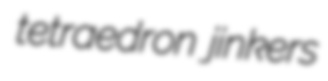
tetraedron jinkers